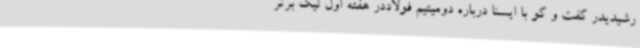
رشیدیدر گفت و گو با ایسنا درباره دومیتیم فولاددر هفته اول لیگ برتر